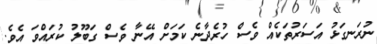
ނުރަނގަޅު އަސަރުތަކެއް ވެސް ހުރެދާނެ ކަމަށް އޭނާ ވެސް ގަބޫލު ކުރައްވަ އެވެ.